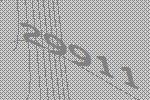
29911